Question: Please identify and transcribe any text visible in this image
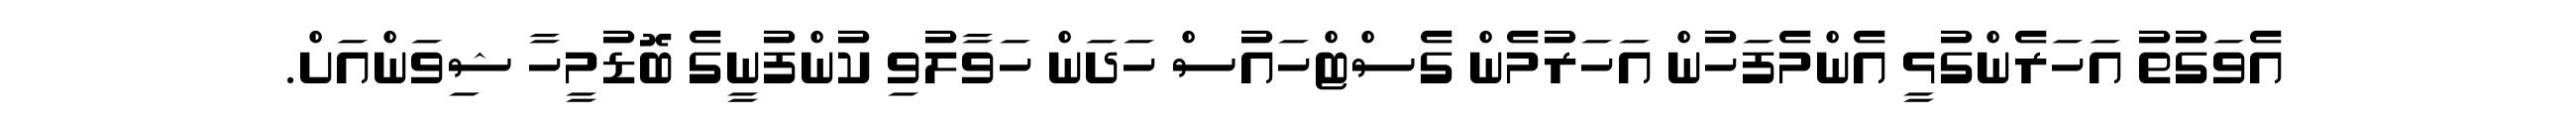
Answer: އެވަގުތު އަހަރެންގުޅީ އެންމެފަހުން އަހަރުމެން ގެސްޓްހައުސް ހަދަން ހަވާލުވި ކުންފުނީގެ ބޮޑުމީހާ ޝިވަންއަށް.